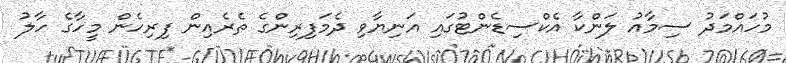
މުހައްމަދު ސިމާއު ލަންކާ އެކްސިޑެންޓުގައި އަނިޔާވި ދެމަފިރިންގެ ތެރެއިން ފިރިހެން މީހާގެ ހާލު